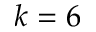
k = 6